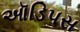
ઑડિપસ